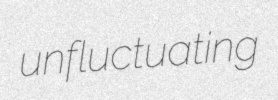
unfluctuating